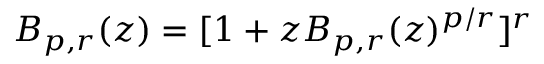
B _ { p , r } ( z ) = [ 1 + z B _ { p , r } ( z ) ^ { p / r } ] ^ { r }